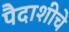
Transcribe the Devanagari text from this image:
पैदाशीचे